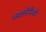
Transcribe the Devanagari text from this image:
व्यक्तीपैकी